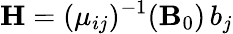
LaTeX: {\mathbf H}=(\mu_{ij})^{-1}({\mathbf B}_{0})\, b_{j}